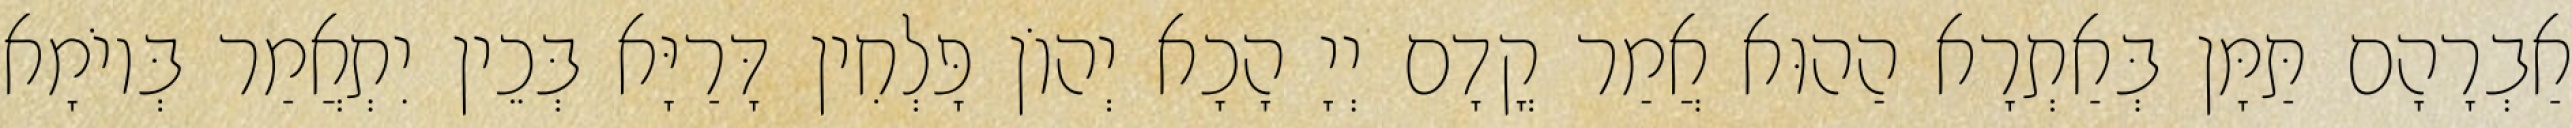
אַבְרָהָם תַּמָּן בְּאַתְרָא הַהוּא אֲמַר קֳדָם יְיָ הָכָא יְהוֹן פָּלְחִין דָּרַיָּא בְּכֵין יִתְאֲמַר בְּיוֹמָא